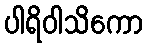
ပါရိဝါသိကော